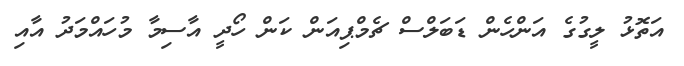
އަތޮޅު ލީގުގެ އަންހެން ޑަބަލްސް ޗެމްޕިއަން ކަން ހޯދީ އާސިމާ މުހައްމަދު އާއި